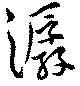
潺